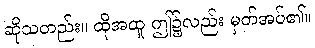
ဆိုသတည်း။ ထိုအထူ ဤ၌လည်း မှတ်အပ်၏။